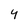
Character: 4